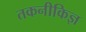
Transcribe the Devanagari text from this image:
तकनीकिज्ञ